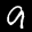
Label: 9